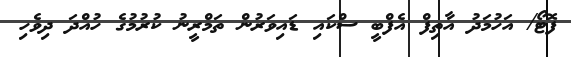
ފޮޓޯ/ އަހުމަދު އާތިފް އެފްބީ ސްކައި ޑައިވަރުން ތަމްރީނު ކުރުމުގެ ހުއްދަ ދިވެހި